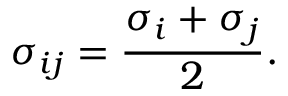
\sigma _ { i j } = \frac { \sigma _ { i } + \sigma _ { j } } { 2 } .